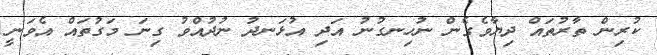
ކުރިން ތާރުތައް ދިޔާވެގެން ނުހިނގުނު އަދި އުޅަނދު ނުދުއްވު ގިނަ މަގުތައް އެވަނީ